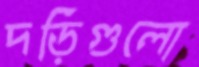
দড়িগুলো